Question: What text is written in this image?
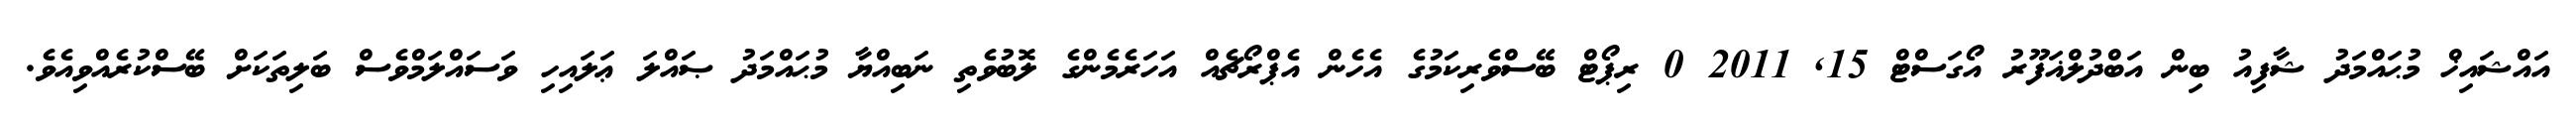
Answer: އައްޝައިޚް މުޙައްމަދު ޝާފިއު ބިން އަބްދުލްޣަފޫރު އޯގަސްޓް 15, 2011 0 ރިޕޯޓް ބޭސްވެރިކަމުގެ އެހެން އެޕްރޯޗެއް އަހަރެމެންގެ ލޮބުވެތި ނަބިއްޔާ މުޙައްމަދު ޞައްލަ ޢަލައިހި ވަސައްލަމްވެސް ބަލިތަކަށް ބޭސްކުރެއްވިއެވެ.